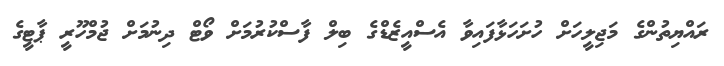
ރައްޔިތުންގެ މަޖިލީހަށް ހުށަހަޅާފައިވާ އެެސްއީޒެޑްގެ ބިލް ފާސްކުރުމަށް ވޯޓް ދިނުމަށް ޖުމްހޫރީ ޕާޓީގެ